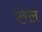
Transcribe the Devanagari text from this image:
एरेल